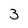
Character: 3